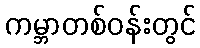
ကမ္ဘာတစ်ဝန်းတွင်